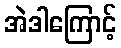
အဲဒါကြောင့်